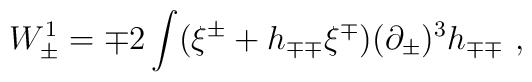
W_\pm^1=\mp 2\int (\xi^\pm+h_{\mp\mp}\xi^\mp)(\partial_\pm)^3 h_{\mp\mp}\ ,